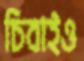
চিবাইও